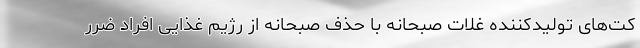
کت‌های تولید‌کننده غلات صبحانه با حذف صبحانه از رژیم غذایی افراد ضرر